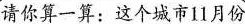
请你算一算：这个城市11月份